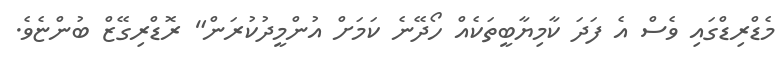
މެޑްރިޑްގައި ވެސް އެ ފަދަ ކާމިޔާބީތަކެއް ހޯދޭނެ ކަމަށް އުންމީދުކުރަން" ރޮޑްރިގޭޒް ބުންޏެވެ.